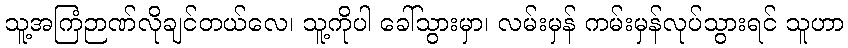
သူ့အကြံဉာဏ်လိုချင်တယ်လေ၊ သူ့ကိုပါ ခေါ်သွားမှာ၊ လမ်းမှန် ကမ်းမှန်လုပ်သွားရင် သူဟာ